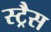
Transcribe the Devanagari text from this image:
स्ट्रैस